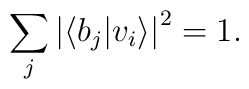
\sum_{j}\left|  \left\langle b_{j}|v_{i}\right\rangle \right|  ^{2}=1.